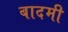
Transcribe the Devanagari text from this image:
बादमी